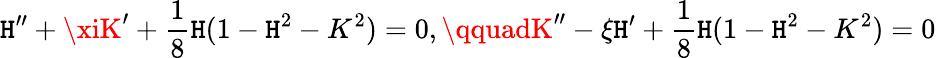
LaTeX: \mathtt{H}^{\prime\prime}+\xiK^{\prime}+\frac{1}{8}\mathtt{H}(1-\mathtt{H}^{2}-K^{2})=0,\qquadK^{\prime\prime}-\xi\mathtt{H}^{\prime}+\frac{1}{8}\mathtt{H}(1-\mathtt{H}^{2}-K^{2})=0